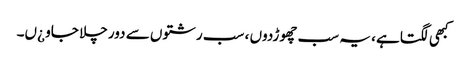
کبھی لگتاہے ، یہ سب چھوڑدوں ، سب رشتوں سے دور چلا جاو ¿ں۔